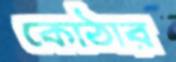
কোঠার